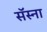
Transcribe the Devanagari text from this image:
सॅस्ना